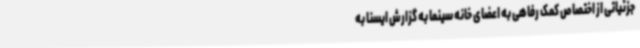
جزئیاتی از اختصاص کمک رفاهی به اعضای خانه سینما به گزارش ایسنا به